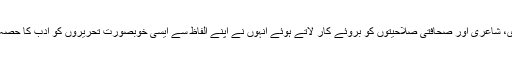
ان کے قلم کی روانیوں نے کئی شاہکار تخلیق کیے اور اپنی نثر نگاری، ناول نگاری، شاعری اور صحافتی صلاحیتوں کو بروئے کار لاتے ہوئے انہوں نے اپنے الفاظ سے ایسی خوبصورت تحریروں کو ادب کا حصہ بنایا کہ ادب سے دلچسپی رکھنے والے لوگوں میں انہیں انفرادی مقام حاصل ہو گیا۔